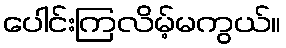
ပေါင်းကြလိမ့်မကွယ်။